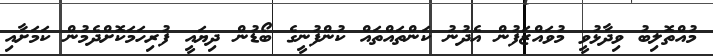
މުއްތޮލިބު ވިދާޅުވީ މުވައްޒަފުން އެދުނު ކަންތައްތައް ކުންފުނީގެ ބޯޑުން ދިޔައީ ފުރިހަމަކޮށްދެމުން ކަމަށާއި